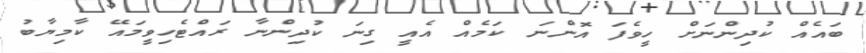
ބައެއް ކުދިންނަށް ހީވެފަ އޮންނަ ކަމެއް އެއީ ގިނަ ކުދިންނާ ރައްޓެހިވީމައޭ ކާމިޔާބު